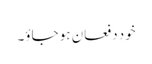
خود دفعان ہو جاؤ۔